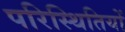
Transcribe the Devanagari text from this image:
परिस्‍िथतियों